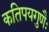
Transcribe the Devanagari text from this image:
कतिपयगुणैः